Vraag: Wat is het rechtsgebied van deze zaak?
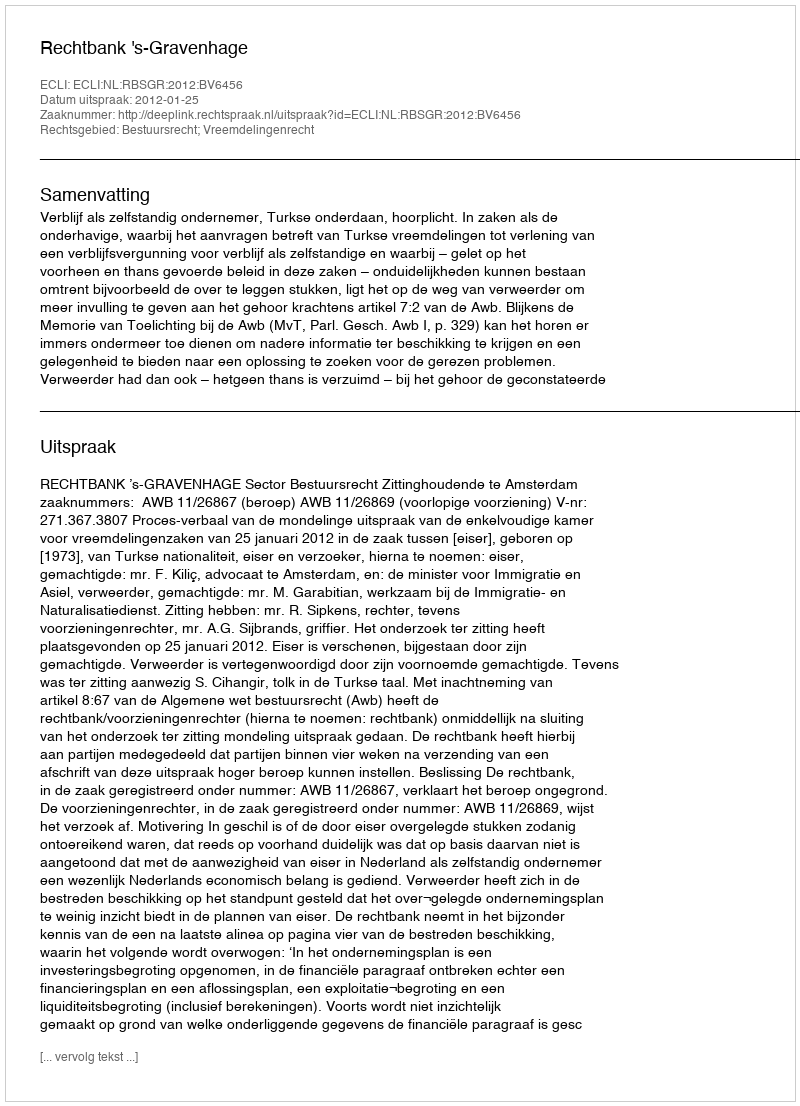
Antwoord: Bestuursrecht; Vreemdelingenrecht